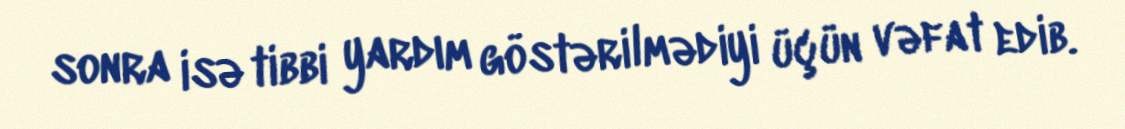
sonra isə tibbi yardım göstərilmədiyi üçün vəfat edib.